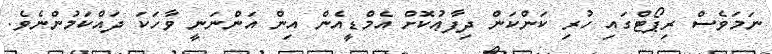
ނަމަވެސް ރިޕޯޓްގައި ހުރި ކަންކަން ދިފާޢުކޮށް އެމްޑީއެން އިން އަންނަނީ ވާހަކަ ދައްކަމުންނެވެ.